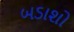
બડાશો